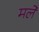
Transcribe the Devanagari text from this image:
मलें